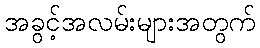
အခွင့်အလမ်းများအတွက်